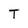
Character: T